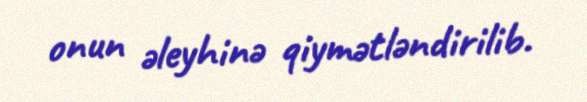
onun əleyhinə qiymətləndirilib.